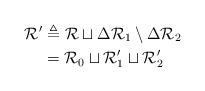
LaTeX: \begin{align*} \mathcal{R}' & \triangleq \mathcal{R} \sqcup \Delta\mathcal{R}_1 \setminus \Delta\mathcal{R}_2 \\ & = \mathcal{R}_0 \sqcup \mathcal{R}_1' \sqcup \mathcal{R}_2' \end{align*}